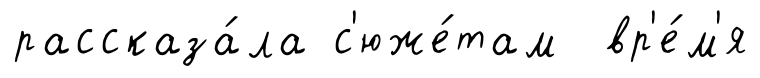
рассказа́ла с'юже́там вр'е́м'я